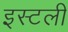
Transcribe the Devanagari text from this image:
इस्टली